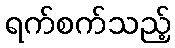
ရက်စက်သည့်